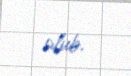
olub.